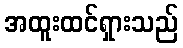
အထူးထင်ရှားသည်